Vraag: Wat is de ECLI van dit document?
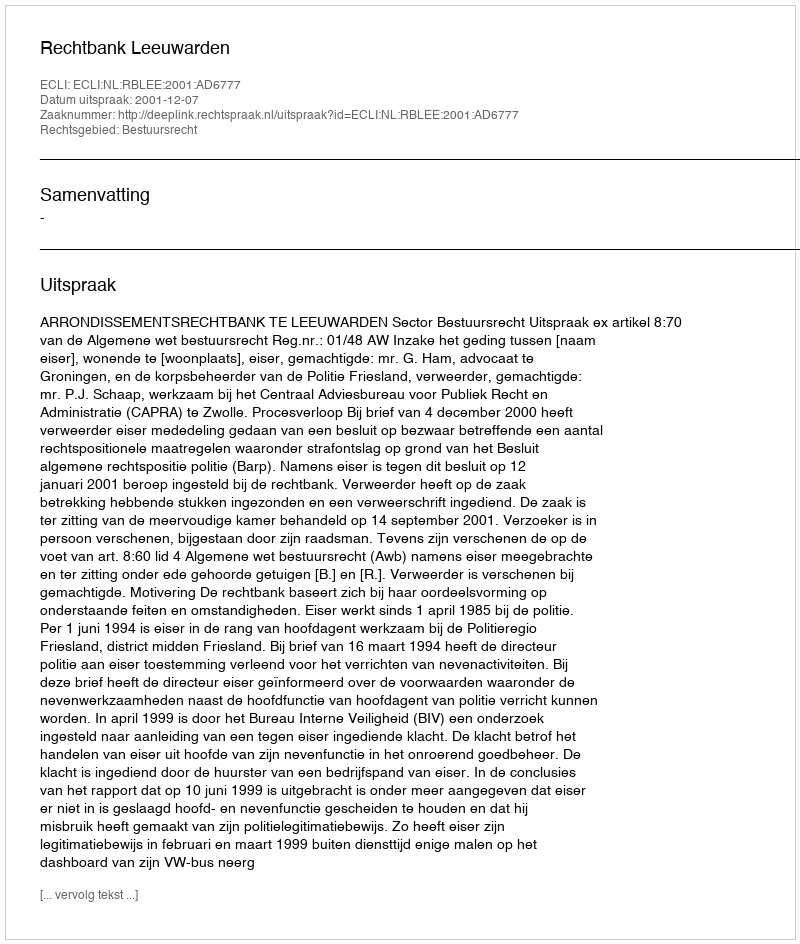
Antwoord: ECLI:NL:RBLEE:2001:AD6777